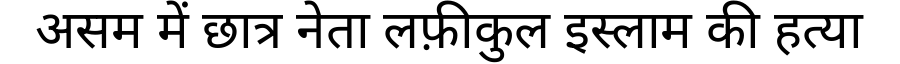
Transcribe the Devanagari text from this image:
असम में छात्र नेता लफ़ीकुल इस्लाम की हत्या